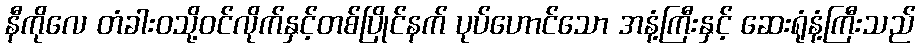
နီကိုလေ တံခါးဝသို့ဝင်လိုက်နှင့်တစ်ပြိုင်နက် ပုပ်ဟောင်သော အနံ့ကြီးနှင့် ဆေးရုံနံ့ကြီးသည်